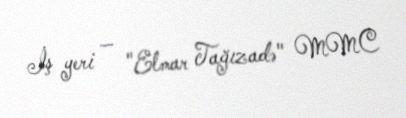
İş yeri — "Elmar Tağızadə" MMC